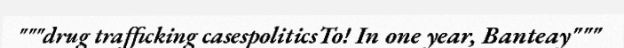
"""drug trafficking casespoliticsTo! In one year, Banteay"""